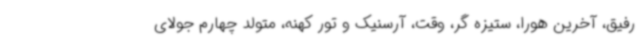
رفیق، آخرین هورا، ستیزه گر، وقت، آرسنیک و تور کهنه، متولد چهارم جولای